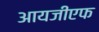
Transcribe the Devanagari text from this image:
आयजीएफ